Vaccination report Assam 1874-1896 - 1874-1896
Year: 1874
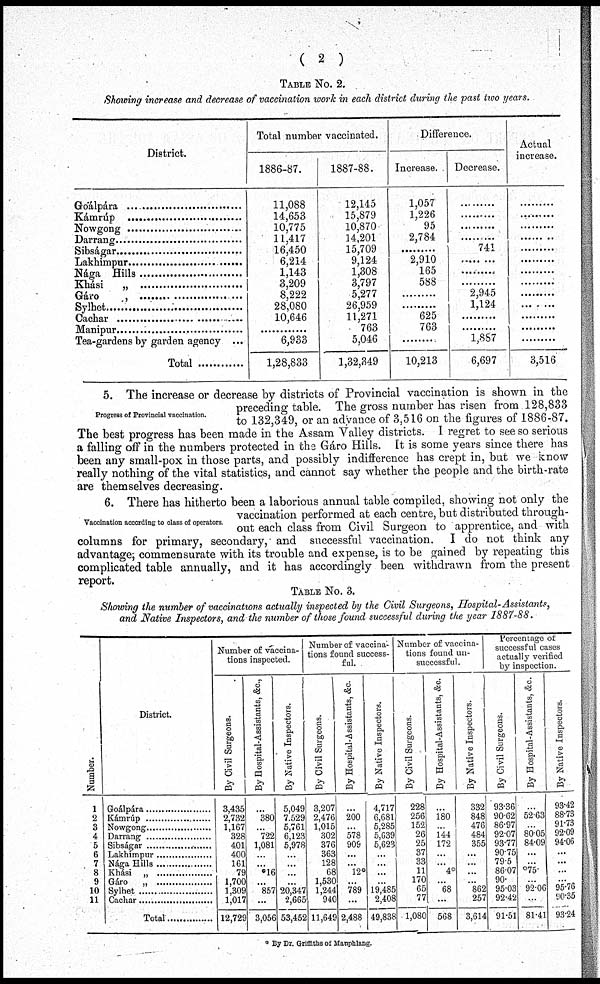
( 2 )
TABLE No. 2.
Showing increase and decrease of vaccination work in each district during the past two years.
District.
Goálpára ..............................
Kámrúp ..............................
Nowgong ..............................
Darrang ..............................
Sibságar ..............................
Lakhimpur ..............................
Nága Hills ..............................
Khási „ ..............................
Gáro „ ..............................
Sylhet ..............................
Cachar ..............................
Manipur ..............................
Tea-gardens by garden agency ...
Total ............
Total number vaccinated.
1886-87.
11,088
14,653
10,775
11,417
16,450
6,214
1,143
3,209
8,222
28,080
10,646
.........
6,933
1,28,833
1887-88.
12,145
15,879
10,870
14,201
15,709
9,124
1,308
3,797
5,277
26,959
11,271
763
5,046
1,32,349
Difference.
Increase.
1,057
1,226
95
2,784
.........
2,910
165
588
.........
.........
625
763
.........
10,213
Decrease.
.........
.........
.........
.........
741
.........
.........
.........
2,945
1,124
.........
.........
1,887
6,697
Actual
increase.
.........
.........
.........
.........
.........
.........
.........
.........
.........
.........
.........
.........
.........
3,516
Progress of Provincial vaccination.
5. The increase or decrease by districts of Provincial vaccination is shown in the
preceding table. The gross number has risen from 128,833
to 132,349, or an advance of 3,516 on the figures of 1886-87.
The best progress has been made in the Assam Valley districts. I regret to see so serious
a falling off in the numbers protected in the Gáro Hills. It is some years since there has
been any small-pox in those parts, and possibly indifference has crept in, but we know
really nothing of the vital statistics, and cannot say whether the people and the birth-rate
are themselves decreasing.
Vaccination according to class of operators.
6. There has hitherto been a laborious annual table compiled, showing not only the
vaccination performed at each centre, but distributed through-
out each class from Civil Surgeon to apprentice, and with
columns for primary, secondary, and successful vaccination.
I do not think any
advantage, commensurate with its trouble and expense, is to be gained by repeating this
complicated table annually, and it has accordingly been withdrawn from the present
report.
TABLE No. 3.
Showing the number of vaccinations actually inspected by the Civil Surgeons, Hospital-Assistants,
and Native Inspectors, and the number of those found successful during the year 1887-88.
Number.
1
2
3
4
5
6
7
8
9
10
11
District.
Goálpára .....................
Kámrúp .....................
Nowgong .....................
Darrang .....................
Sibságar .....................
Lakhimpur .....................
Nága Hills .....................
Khási „ .....................
Gáro „ .....................
Sylhet .....................
Cachar .....................
Total ...............
Number of vaccina-
tions inspected.
By Civil Surgeons.
3,435
2,732
1,167
328
401
400
161
79
1,700
1,309
1,017
12,729
By Hospital-Assistants, &c.,
...
380
...
722
1,081
...
...
*16
...
857
...
3,056
By Native Inspectors.
5,049
7,529
5,761
6,123
5,978
...
...
...
20,347
2,665
53,452
Number of vaccina-
tions found success-
ful.
By Civil Surgeons.
3,207
2,476
1,015
302
376
363
128
68
1,530
1,244
940
11,649
By Hospital-Assistants, &c.
...
200
...
578
909
...
...
12*
...
789
...
2,488
By Native Inspectors.
4,717
6,681
5,285
5,639
5,623
...
...
...
...
19,485
2,408
49,838
Number of vaccina-
tions found un-
successful.
By Civil Surgeons.
228
256
152
26
25
37
33
11
170
65
77
1,080
By Hospital-Assistants, &c.
...
180
...
144
172
...
...
4*
...
68
...
568
By Native Inspectors.
332
848
476
484
355
...
...
...
...
862
257
3,614
Percentage of
successful cases
actually verified
by inspection.
By Civil Surgeons.
93.36
90.62
86.97
92.07
93.77
90.75
79.5
86.07
90.
95.03
92.42
91.51
By Hospital-Assistants, &c.
...
52.63
...
80.05
84.09
...
...
*75
...
92.06
...
81.41
By Native Inspectors.
93.42
88.73
91.73
92.09
94.06
...
...
...
...
95.76
90.35
93.24
* By Dr. Griffiths of Manphlang.